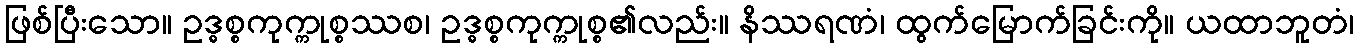
ဖြစ်ပြီးသော။ ဥဒ္ဓစ္စကုက္ကုစ္စဿစ၊ ဥဒ္ဓစ္စကုက္ကုစ္စ၏လည်း။ နိဿရဏံ၊ ထွက်မြောက်ခြင်းကို။ ယထာဘူတံ၊